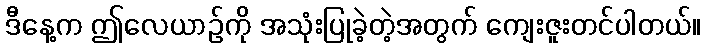
ဒီနေ့က ဤလေယာဉ်ကို အသုံးပြုခဲ့တဲ့အတွက် ကျေးဇူးတင်ပါတယ်။